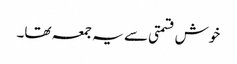
خوش قسمتی سے یہ جمعہ تھا۔